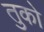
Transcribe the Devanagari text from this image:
तुको